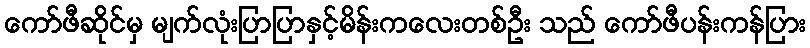
ကော်ဖီဆိုင်မှ မျက်လုံးပြာပြာနှင့်မိန်းကလေးတစ်ဦး သည် ကော်ဖီပန်းကန်ပြား